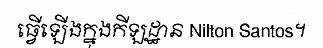
ធ្វើឡើងក្នុងកីឡដ្ឋាន Nilton Santos។